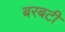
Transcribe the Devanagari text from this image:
बरबटी